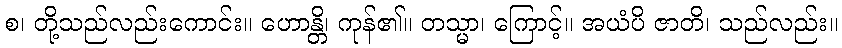
စ၊ တို့သည်လည်းကောင်း။ ဟောန္တိ၊ ကုန်၏။ တသ္မာ၊ ကြောင့်။ အယံပိ ဇာတိ၊ သည်လည်း။